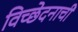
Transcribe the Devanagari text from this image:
विच्छेदनाची